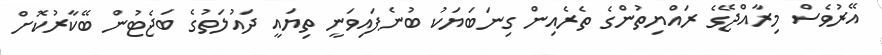
އޭރުވެސް މިރާއްޖޭގެ ރައްޔިތުންގެ ތެރެއިން ގިނަބަޔަކު ބުނެފައިވަނީ ތިޔައީ ދައުލަތުގެ ބަޖެޓުން ބޭކާރުކޮށް